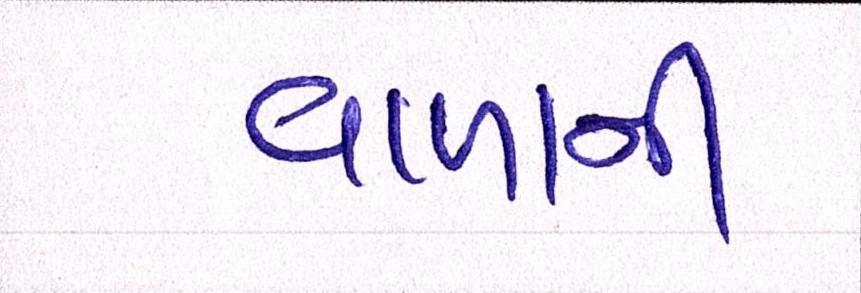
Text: વાળાની